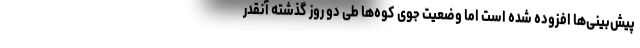
پیش‌بینی‌ها افزوده شده است اما وضعیت جوی کوه‌ها طی دو روز گذشته آنقدر